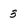
Character: 3